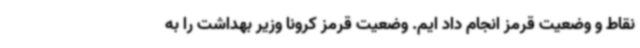
نقاط و وضعیت قرمز انجام داد ایم. وضعیت قرمز کرونا وزیر بهداشت را به